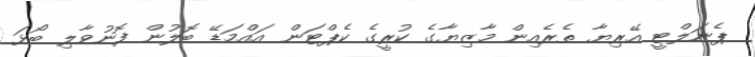
ޕެނަލްޓީ އޭރިޔާ ތެރެއިން މާޒިޔާގެ ކުރީގެ ކެޕްޓަން އައްމަޑޭ ބޮލުން ފޮނުވާލި ބޯޅަ